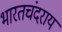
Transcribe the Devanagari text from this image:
भारतचंदराय